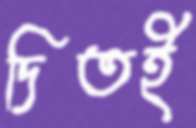
দিতই